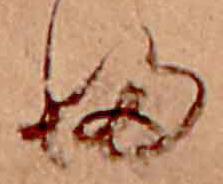
ふ